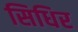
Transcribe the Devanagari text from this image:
सिधिर